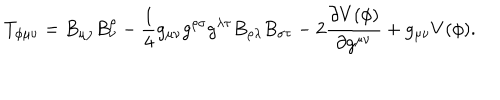
T _ { \phi \mu \nu } = B _ { \mu \rho } B _ { \nu } ^ { \rho } - \frac { 1 } { 4 } g _ { \mu \nu } g ^ { \rho \sigma } g ^ { \lambda \tau } B _ { \rho \lambda } B _ { \sigma \tau } - 2 \frac { \partial V ( \phi ) } { \partial g ^ { \mu \nu } } + g _ { \mu \nu } V ( \phi ) .